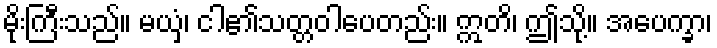
မိုးကြီးသည်။ မယှံ၊ ငါ၏သတ္တဝါပေတည်း။ ဣတိ၊ ဤသို့။ အပေက္ခာ၊